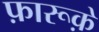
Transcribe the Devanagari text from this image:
फ़ारूक़े